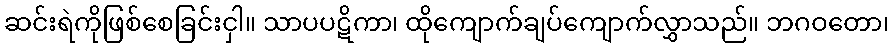
ဆင်းရဲကိုဖြစ်စေခြင်းငှါ။ သာပပဋိကာ၊ ထိုကျောက်ချပ်ကျောက်လွှာသည်။ ဘဂဝတော၊